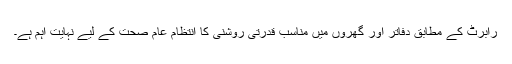
رابرٹ کے مطابق دفاتر اور گھروں میں مناسب قدرتی روشنی کا انتظام عام صحت کے لیے نہایت اہم ہے۔